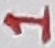
Text: 1